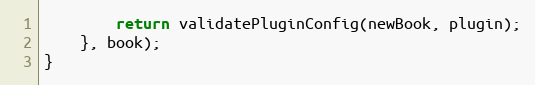
Language: JavaScript
        return validatePluginConfig(newBook, plugin);
    }, book);
}